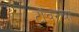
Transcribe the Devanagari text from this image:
टॉवरचा